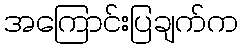
အကြောင်းပြချက်က